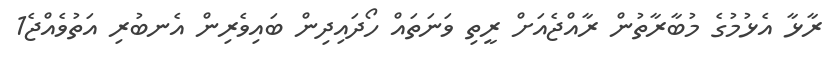
ރާޅާ އެޅުމުގެ މުބާރާތުން ރާއްޖެއަށް ރީތި ވަނަތައް ހޯދައިދިން ބައިވެރިން އެނބުރި އަތުވެއްޖެ1